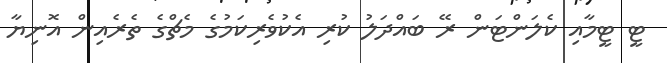
ޓީ ޓީމާއި ކެލަންޓަން ރޭ ބައްދަލު ކުރި އެކުވެރިކަމުގެ މެޗްގެ ތެރެއިން އޮނިޔާ